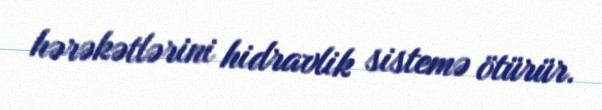
hərəkətlərini hidravlik sistemə ötürür.